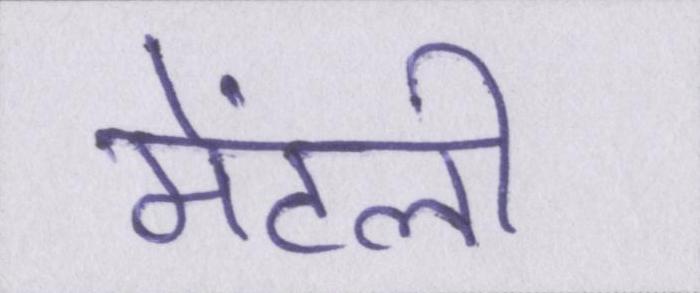
मेंटली